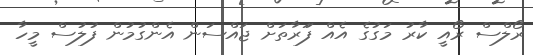
ރޯލްސް ރޯއީ ކާރު މަގުގެ އެއް ފަަރާތަށް ޖައްސަން އެންގުމުން ފުލުސް މީހާ